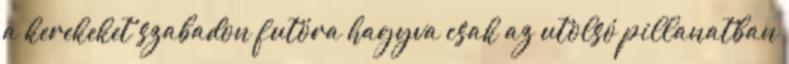
a kerekeket szabadon futóra hagyva csak az utolsó pillanatban